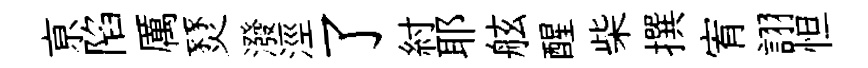
亰陷厲燹潑涇了紂耶舷醒柴撰宥詡怛